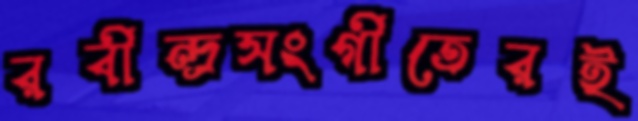
রবীন্দ্রসংগীতেরই